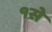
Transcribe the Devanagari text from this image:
१से